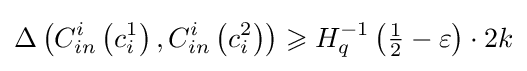
\Delta \left(C_{in}^{i}\left(c_{i}^{1}\right),C_{in}^{i}\left(c_{i}^{2}\right)\right)\geqslant H_{q}^{-1}\left({\tfrac {1}{2}}-\varepsilon \right)\cdot 2k